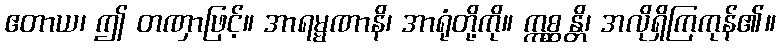
ဧတာယ၊ ဤ တဏှာဖြင့်။ အာရမ္မဏာနိ၊ အာရုံတို့ကို။ ဣစ္ဆန္တိ၊ အလိုရှိကြကုန်၏။